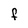
Character: F